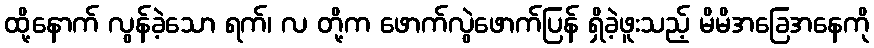
ထို့နောက် လွန်ခဲ့သော ရက်၊ လ တို့က ဖောက်လွဲဖောက်ပြန် ရှိခဲ့ဖူးသည့် မိမိအခြေအနေကို